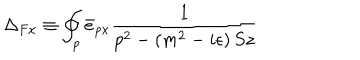
LaTeX: \Delta _ { F x } \equiv \oint _ { p } \bar { e } _ { p x } ^ { } \frac 1 { p ^ { 2 } - \left( m ^ { 2 } - i \epsilon \right) S z }